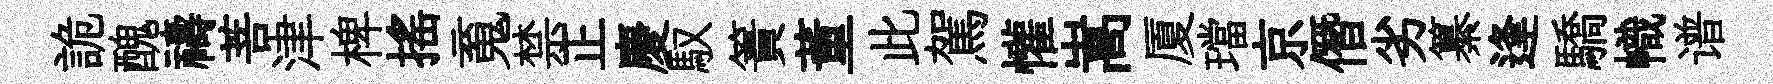
詭醜禱菩津椑搖䰟禁正慶馭簀董此駕懽嵩厦璫京僭劣纂逢驕幟谱